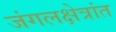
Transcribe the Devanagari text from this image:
जंगलक्षेत्रांत